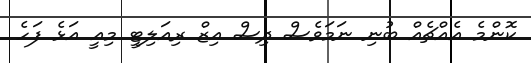
ކޮންމެ އެއްޗެއް ބުނި ނަމަވެސް ދިސް އިޒް ރިއަލިޓީ މިއީ އަޅެ ފަހެ